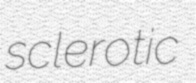
sclerotic